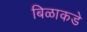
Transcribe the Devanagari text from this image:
बिळाकडे